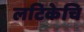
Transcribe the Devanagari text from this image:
लटिकेचि